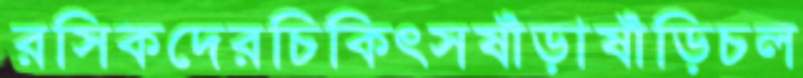
রসিকদেরচিকিৎসষাঁড়াষাঁড়িচল